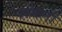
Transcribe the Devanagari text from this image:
रूमला